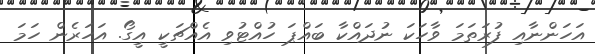
އަހަންނާއި ފުރަތަމަ ވާހަކަ ނުދައްކާ ބައްޕަ ހުއްޓުވި އެއްޗަކީ އީގޯ. އަހަރެން ހަމަ